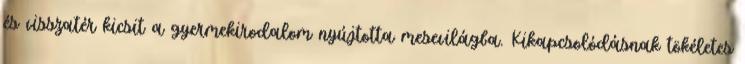
és visszatér kicsit a gyermekirodalom nyújtotta mesevilágba. Kikapcsolódásnak tökéletes